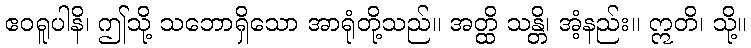
ဧဝရူပါနိ၊ ဤသို့ သဘောရှိသော အာရုံတို့သည်။ အတ္ထိ သန္တိ၊ အံ့နည်း။ ဣတိ၊ သို့။